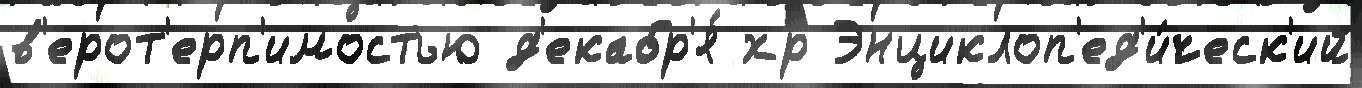
в'ерот'ерп'имостью д'екабр'я́ хр Энциклоп'ед'и́ческ'ий